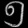
Digit: ၅